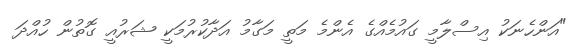
"އަންހެނަކު އިސްލާމީ ގައުމެއްގެ އެންމެ މަތީ މަގާމު އަދާކުރުމަކީ ޝަރުއީ ގޮތުން ހުއްދަ